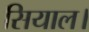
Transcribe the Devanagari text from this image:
सियाल।